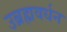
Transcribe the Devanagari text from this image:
उब्रह्मवर्धन